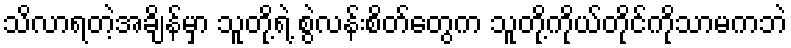
သိလာရတဲ့အချိန်မှာ သူတို့ရဲ့ စွဲလန်းစိတ်တွေက သူတို့ကိုယ်တိုင်ကိုသာမကဘဲ